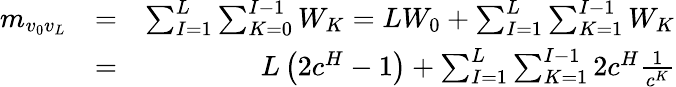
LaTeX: \begin{array}{rlr}{m_{v_{0}v_{L}}}&{=}&{\sum_{I=1}^{L}\sum_{K=0}^{I-1}W_{K}=LW_{0}+\sum_{I=1}^{L}\sum_{K=1}^{I-1}W_{K}}\\ &{=}&{L\left(2c^{H}-1\right)+\sum_{I=1}^{L}\sum_{K=1}^{I-1}2c^{H}\frac{1}{c^{K}}}\end{array}